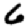
Digit: 6